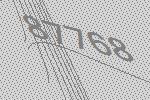
87768